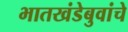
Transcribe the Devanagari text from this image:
भातखंडेबुवांचे